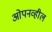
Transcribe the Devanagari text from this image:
ओपनव्हील